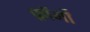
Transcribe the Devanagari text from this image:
फ़ॉर्मों